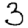
Digit: 3